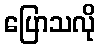
ပြောသလို